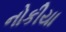
નોકીયા